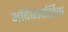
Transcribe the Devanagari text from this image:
भविष्यदर्शिता